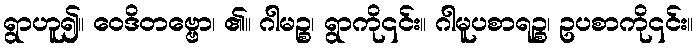
ရွာဟူ၍။ ဝေဒိတဗ္ဗော၊ ၏။ ဂါမဉ္စ၊ ရွာကို၎င်း။ ဂါမူပစာရဉ္စ၊ ဥပစာကို၎င်း။